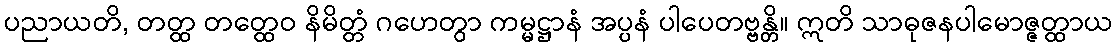
ပညာယတိ, တတ္ထ တတ္ထေဝ နိမိတ္တံ ဂဟေတွာ ကမ္မဋ္ဌာနံ အပ္ပနံ ပါပေတဗ္ဗန္တိ။ ဣတိ သာဓုဇနပါမောဇ္ဇတ္ထာယ